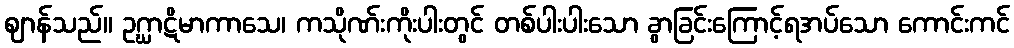
ဈာန်သည်။ ဥဂ္ဃာဋိမာကာသေ၊ ကသိုဏ်းကိုးပါးတွင် တစ်ပါးပါးသော ခွာခြင်းကြောင့်ရအပ်သော ကောင်းကင်